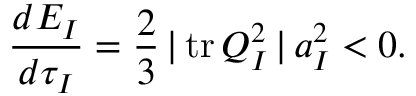
\frac { d E _ { I } } { d \tau _ { I } } = \frac { 2 } { 3 } \, \vert \, \mathrm { t r } \, Q _ { I } ^ { 2 } \, \vert \, a _ { I } ^ { 2 } < 0 .